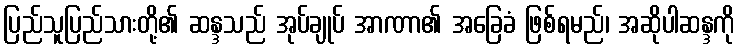
ပြည်သူပြည်သားတို့၏ ဆန္ဒသည် အုပ်ချုပ် အာဏာ၏ အခြေခံ ဖြစ်ရမည်၊ အဆိုပါဆန္ဒကို